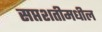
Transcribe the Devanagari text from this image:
सप्तशतीमधील